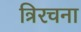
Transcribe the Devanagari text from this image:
त्रिरचना